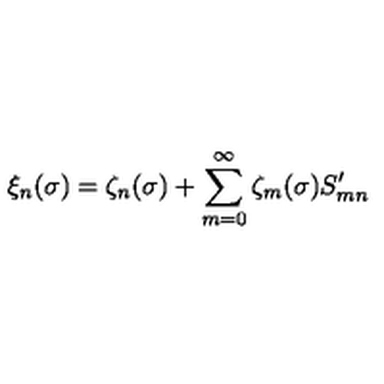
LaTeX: \xi _ { n } ( \sigma ) = \zeta _ { n } ( \sigma ) + \sum _ { m = 0 } ^ { \infty } \zeta _ { m } ( \sigma ) S _ { m n } ^ { \prime }